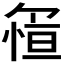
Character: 𱞵